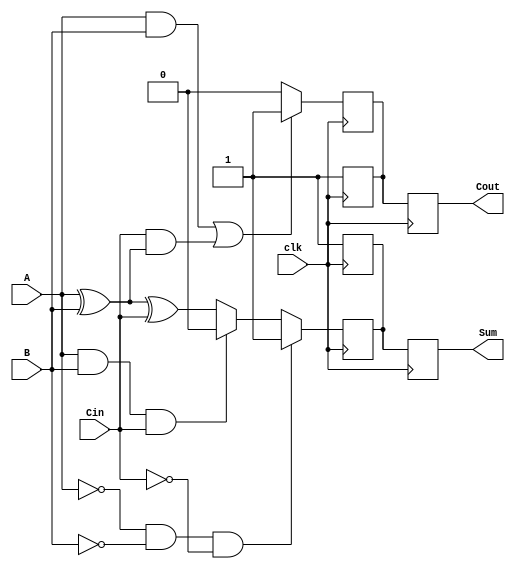
module DynamicFullAdder (
    input wire A,      // First input bit
    input wire B,      // Second input bit
    input wire Cin,    // Carry-in bit
    input wire clk,    // Clock signal
    output reg Sum,    // Sum output
    output reg Cout    // Carry-out output
);

    reg precharge_node_sum; // Precharged state for Sum
    reg precharge_node_cout; // Precharged state for Cout
    
    // Dynamic logic signal generation
    wire A_xor_B = A ^ B;
    wire A_and_B = A & B;
    wire Cin_and_A_xor_B = Cin & A_xor_B;

    always @(posedge clk) begin
        // Precharge phase
        precharge_node_sum <= 1; // Charge Sum node
        precharge_node_cout <= 1; // Charge Cout node
    end
    
    always @(negedge clk) begin
        // Evaluation phase
        // Sum calculation
        if (A == 1'b0 && B == 1'b0 && Cin == 1'b0)
            precharge_node_sum <= 1; // sum = 0
        else if (A == 1'b1 && B == 1'b1 && Cin == 1'b1)
            precharge_node_sum <= 0; // sum = 1
        else
            precharge_node_sum <= A_xor_B ^ Cin; // sum = A ^ B ^ Cin
        
        // Cout calculation
        if (A_and_B || Cin_and_A_xor_B)
            precharge_node_cout <= 1; // cout = 1 (carry out)
        else
            precharge_node_cout <= 0; // cout = 0 (no carry out)
    end
    
    // Assign dynamic storage nodes to outputs
    always @(posedge clk) begin
        Sum <= precharge_node_sum;
        Cout <= precharge_node_cout;
    end

endmodule